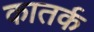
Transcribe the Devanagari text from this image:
कातर्क